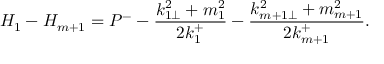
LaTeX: H _ { 1 } - H _ { m + 1 } = P ^ { - } - \frac { k _ { 1 \perp } ^ { 2 } + m _ { 1 } ^ { 2 } } { 2 k _ { 1 } ^ { + } } - \frac { k _ { m + 1 \perp } ^ { 2 } + m _ { m + 1 } ^ { 2 } } { 2 k _ { m + 1 } ^ { + } } .